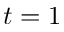
t = 1